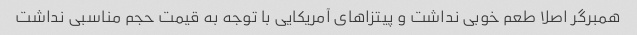
همبرگر اصلا طعم خوبی نداشت و پیتزا‌های آمریکایی با توجه به قیمت حجم مناسبی نداشت